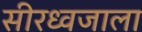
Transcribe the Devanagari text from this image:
सीरध्वजाला